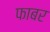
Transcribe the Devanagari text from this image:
फाबर